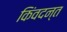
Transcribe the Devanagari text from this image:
किंवदन्त